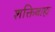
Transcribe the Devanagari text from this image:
शक्तिबाह्य